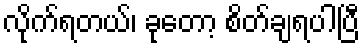
လိုက်ရတယ်၊ ခုတော့ စိတ်ချရပါပြီ